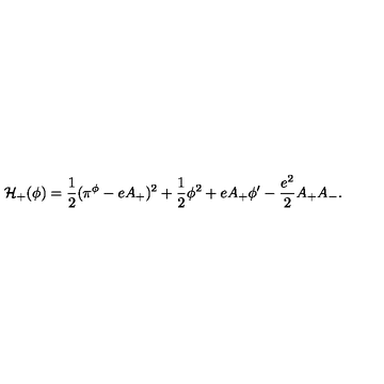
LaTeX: { \cal H } _ { + } ( \phi ) = { \frac { 1 } { 2 } } ( \pi ^ { \phi } - e A _ { + } ) ^ { 2 } + { \frac { 1 } { 2 } } \phi ^ { 2 } + e A _ { + } \phi ^ { \prime } - { \frac { e ^ { 2 } } { 2 } } A _ { + } A _ { - } .